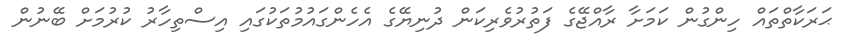
ޙަރަކާތްތައް ހިންގުން ކަމަށާ ރާއްޖޭގެ ފަތުރުވެރިކަން ދުނިޔޭގެ އެހެންގައުމުތަކުގައި އިސްތިހާރު ކުރުމަށް ބޭނުން